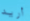
أريد